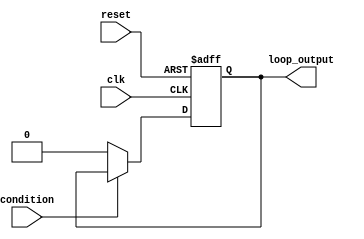
module Loop_with_Conditional_Statements(
    input clk,
    input reset,
    input condition,
    output reg loop_output
);

always @(posedge clk or posedge reset)
begin
    if (reset) begin
        loop_output <= 0;
    end else begin
        if (condition) begin
            // statements within the loop
            // Example: loop_output <= loop_output + 1;
        end else begin
            loop_output <= 0;
        end
    end
end

endmodule